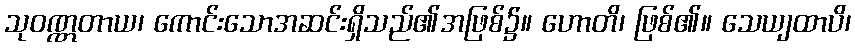
သုဝဏ္ဏတာယ၊ ကောင်းသောအဆင်းရှိသည်၏အဖြစ်၌။ ဟောတိ၊ ဖြစ်၏။ သေယျထာပိ၊